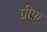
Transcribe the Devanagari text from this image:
ग्रीफ़